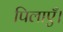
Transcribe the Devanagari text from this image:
पिलाएँ।